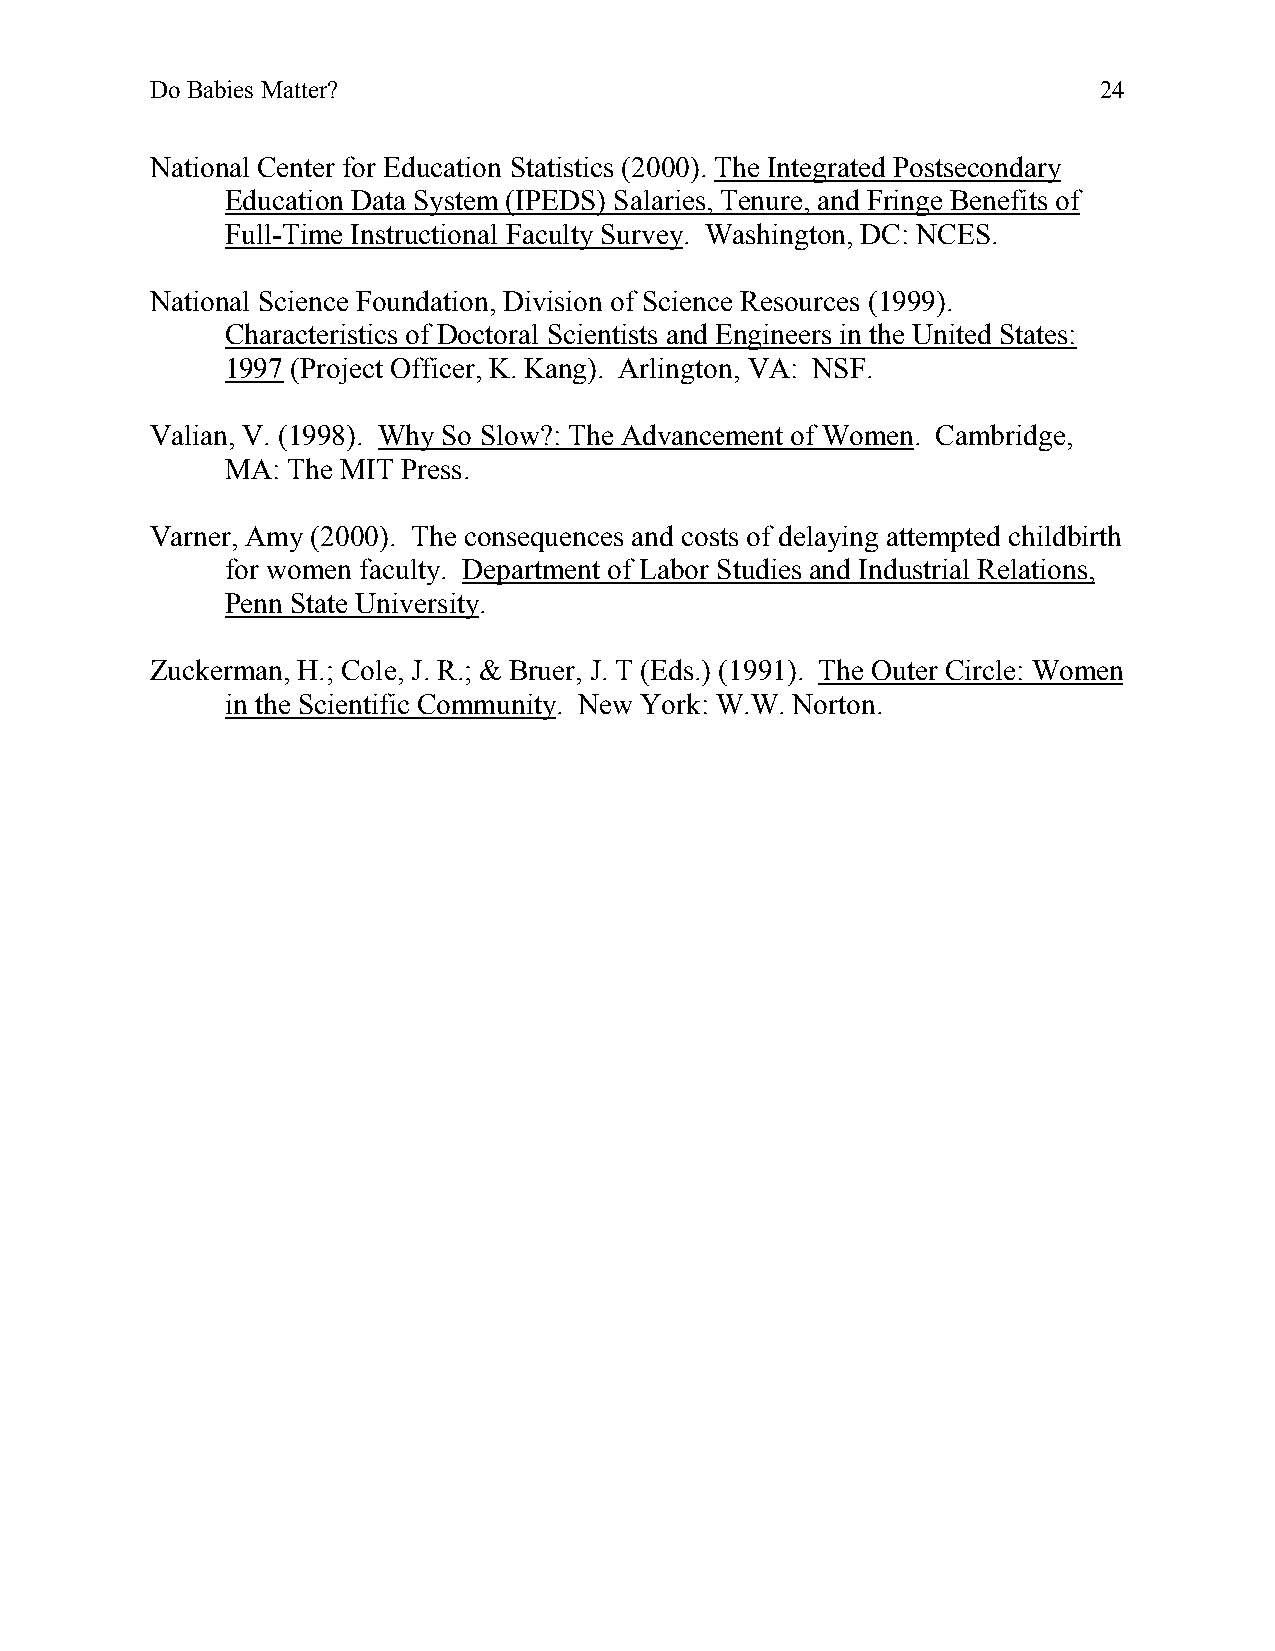
Do Babies Matter?                                              24
 National Center for Education Statistics (2000). The Integrated Postsecondary
 Education Data System (IPEDS) Salaries, Tenure, and Fringe Benefits of
 Full-Time Instructional Faculty Survey. Washington, DC: NCES.
 National Science Foundation, Division of Science Resources (1999).
 Characteristics of Doctoral Scientists and Engineers in the United States:
 1997 (Project Officer, K. Kang). Arlington, VA: NSF.
 Valian, V. (1998). Why So Slow?: The Advancement of Women. Cambridge,
 MA: The MIT Press.
 Varner, Amy (2000). The consequences and costs of delaying attempted childbirth
 for women faculty. Department of Labor Studies and Industrial Relations,
 Penn State University.
 Zuckerman, H.; Cole, J. R.; & Bruer, J. T (Eds.) (1991). The Outer Circle: Women
 in the Scientific Community. New York: W.W. Norton.